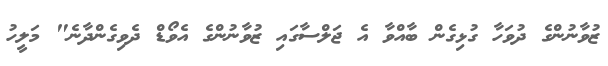
ޒުވާނުންގެ ދުވަހާ ގުޅިގެން ބާއްވާ އެ ޖަލްސާގައި ޒުވާނުންގެ އެވޯޑް ދެވިގެންދާނެ" މަލީހު